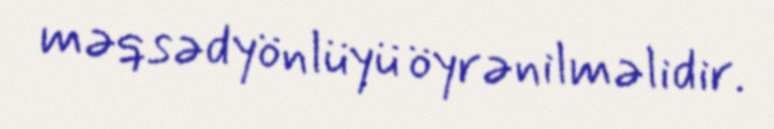
məqsədyönlüyü öyrənilməlidir.